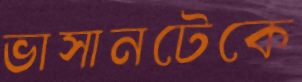
ভাসানটেকে